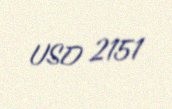
USD 2151